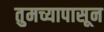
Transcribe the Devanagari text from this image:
तुमच्यापासून